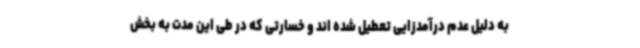
به دلیل عدم درآمدزایی تعطیل شده اند و خسارتی که در طی این مدت به بخش